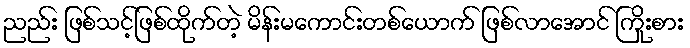
ညည်း ဖြစ်သင့်ဖြစ်ထိုက်တဲ့ မိန်းမကောင်းတစ်ယောက် ဖြစ်လာအောင် ကြိုးစား